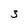
Character: 3